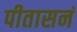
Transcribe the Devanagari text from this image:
पीतासनं